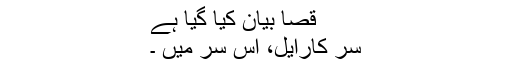
قصا بیان کیا گیا ہے
سر کارایل، اس سر میں ۔